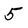
Character: 5